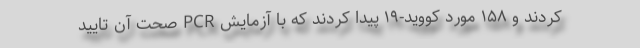
کردند و ۱۵۸ مورد کووید-۱۹ پیدا کردند که با آزمایش PCR صحت آن تایید